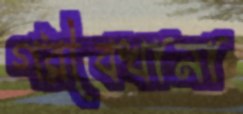
গরীবখানা